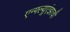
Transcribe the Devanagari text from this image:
एन्फ्ल्यूएंझाची